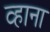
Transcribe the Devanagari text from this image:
व्हाना